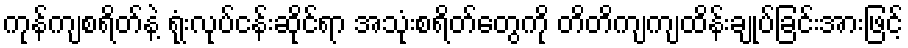
ကုန်ကျစရိတ်နဲ့ ရုံးလုပ်ငန်းဆိုင်ရာ အသုံးစရိတ်တွေကို တိတိကျကျထိန်းချုပ်ခြင်းအားဖြင့်